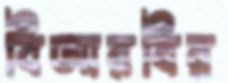
বিআরবির